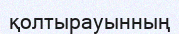
қолтырауынның